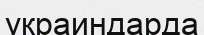
украиндарда